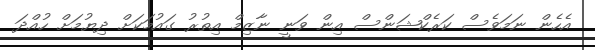
އެހެން ނަމަވެސް ކަރެކްޝަންސް އިން ވަނީ ނާޒިމް އިތުރު ގައުމަކަށް ދިޔުމަށް ހުއްދަ